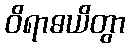
ဝိရာဓယိတွာ